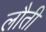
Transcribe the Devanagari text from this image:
लौती